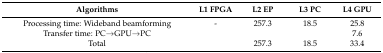
<table><thead><tr><td><b>Algorithms</b></td><td><b>L1 FPGA</b></td><td><b>L2 EP</b></td><td><b>L3 PC</b></td><td><b>L4 GPU</b></td></tr></thead><tbody><tr><td>Processing time: Wideband beamforming</td><td>-</td><td>257.3</td><td>18.5</td><td>25.8</td></tr><tr><td>Transfer time: PC→GPU→PC</td><td></td><td></td><td></td><td>7.6</td></tr><tr><td>Total</td><td></td><td>257.3</td><td>18.5</td><td>33.4</td></tr></tbody></table>